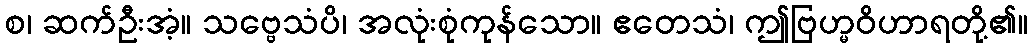
စ၊ ဆက်ဦးအံ့။ သဗ္ဗေသံပိ၊ အလုံးစုံကုန်သော။ ဧတေသံ၊ ဤဗြဟ္မဝိဟာရတို့၏။